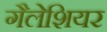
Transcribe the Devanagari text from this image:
गैलेशियर